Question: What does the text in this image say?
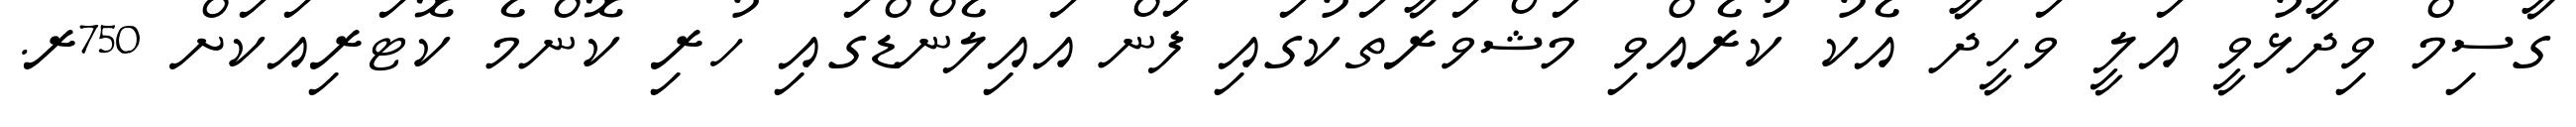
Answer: ގާސިމް ވިދާޅުވީ އަލީ ވަހީދާ އެކު ކުރެއްވި މަޝްވަރާތަކުގައި ފަން އައިލެންޑްގައި ހުރި ކޮންމެ ކޮޓަރިއަކަށް 750ރ.